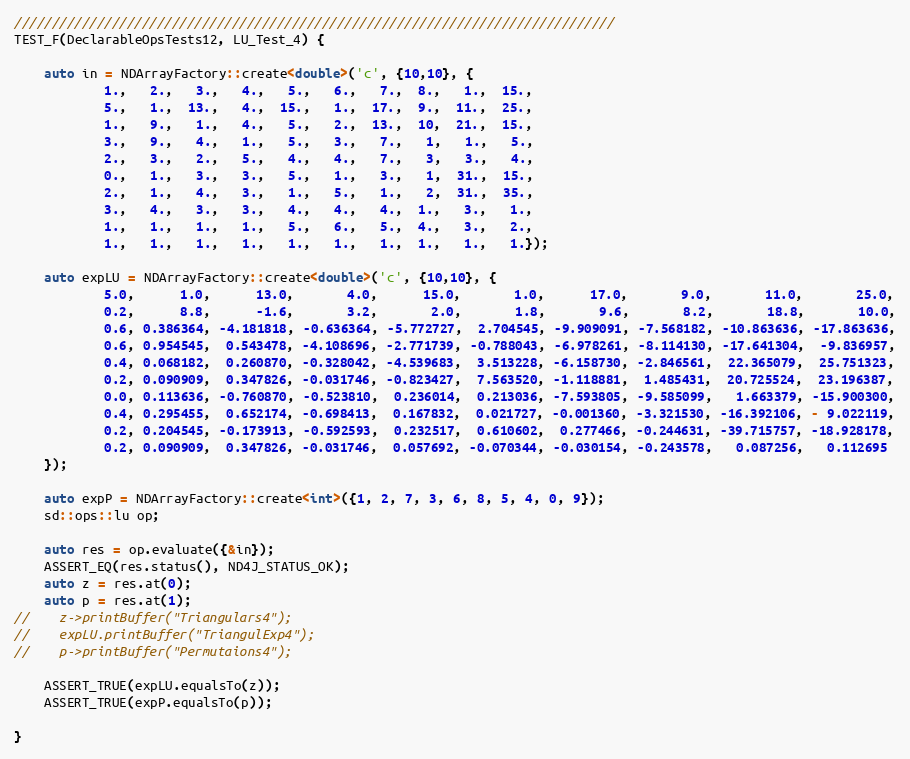
Language: C++
////////////////////////////////////////////////////////////////////////////////
TEST_F(DeclarableOpsTests12, LU_Test_4) {

    auto in = NDArrayFactory::create<double>('c', {10,10}, {
            1.,   2.,   3.,   4.,   5.,   6.,   7.,  8.,   1.,  15.,
            5.,   1.,  13.,   4.,  15.,   1.,  17.,  9.,  11.,  25.,
            1.,   9.,   1.,   4.,   5.,   2.,  13.,  10,  21.,  15.,
            3.,   9.,   4.,   1.,   5.,   3.,   7.,   1,   1.,   5.,
            2.,   3.,   2.,   5.,   4.,   4.,   7.,   3,   3.,   4.,
            0.,   1.,   3.,   3.,   5.,   1.,   3.,   1,  31.,  15.,
            2.,   1.,   4.,   3.,   1.,   5.,   1.,   2,  31.,  35.,
            3.,   4.,   3.,   3.,   4.,   4.,   4.,  1.,   3.,   1.,
            1.,   1.,   1.,   1.,   5.,   6.,   5.,  4.,   3.,   2.,
            1.,   1.,   1.,   1.,   1.,   1.,   1.,  1.,   1.,   1.});

    auto expLU = NDArrayFactory::create<double>('c', {10,10}, {
            5.0,      1.0,      13.0,       4.0,      15.0,       1.0,      17.0,       9.0,       11.0,       25.0,
            0.2,      8.8,      -1.6,       3.2,       2.0,       1.8,       9.6,       8.2,       18.8,       10.0,
            0.6, 0.386364, -4.181818, -0.636364, -5.772727,  2.704545, -9.909091, -7.568182, -10.863636, -17.863636,
            0.6, 0.954545,  0.543478, -4.108696, -2.771739, -0.788043, -6.978261, -8.114130, -17.641304,  -9.836957,
            0.4, 0.068182,  0.260870, -0.328042, -4.539683,  3.513228, -6.158730, -2.846561,  22.365079,  25.751323,
            0.2, 0.090909,  0.347826, -0.031746, -0.823427,  7.563520, -1.118881,  1.485431,  20.725524,  23.196387,
            0.0, 0.113636, -0.760870, -0.523810,  0.236014,  0.213036, -7.593805, -9.585099,   1.663379, -15.900300,
            0.4, 0.295455,  0.652174, -0.698413,  0.167832,  0.021727, -0.001360, -3.321530, -16.392106, - 9.022119,
            0.2, 0.204545, -0.173913, -0.592593,  0.232517,  0.610602,  0.277466, -0.244631, -39.715757, -18.928178,
            0.2, 0.090909,  0.347826, -0.031746,  0.057692, -0.070344, -0.030154, -0.243578,   0.087256,   0.112695
    });

    auto expP = NDArrayFactory::create<int>({1, 2, 7, 3, 6, 8, 5, 4, 0, 9});
    sd::ops::lu op;

    auto res = op.evaluate({&in});
    ASSERT_EQ(res.status(), ND4J_STATUS_OK);
    auto z = res.at(0);
    auto p = res.at(1);
//    z->printBuffer("Triangulars4");
//    expLU.printBuffer("TriangulExp4");
//    p->printBuffer("Permutaions4");

    ASSERT_TRUE(expLU.equalsTo(z));
    ASSERT_TRUE(expP.equalsTo(p));

}